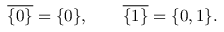
{ \overline { { \{ 0 \} } } } = \{ 0 \} , \qquad { \overline { { \{ 1 \} } } } = \{ 0 , 1 \} .